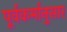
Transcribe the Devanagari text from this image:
पूर्वकर्मानुसार